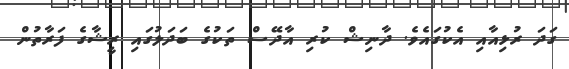
ގަދަ ރުޅިއާއި އެކުގައެވެ. ދާނިޝް ކުރި އާދޭސް ތަކުގެ ބަދަލުގައި ރީޝާގެ ފަރާތުން